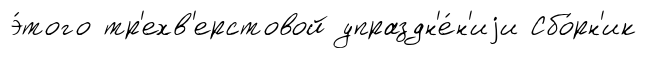
э́того тр'ехв'ерстовой упраздн'е́н'иjи Сбо́рн'ик